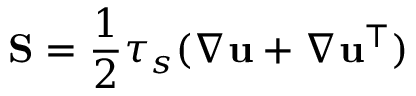
\mathbf { S } = \frac { 1 } { 2 } \tau _ { s } ( \nabla \mathbf { u } + \nabla \mathbf { u } ^ { \top } )